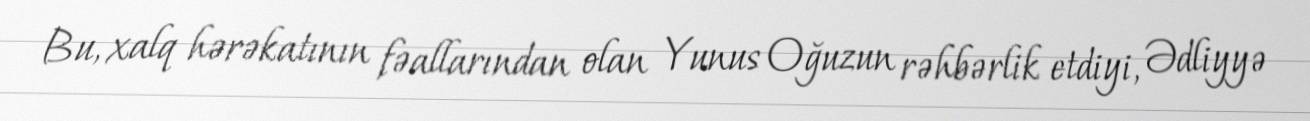
Bu, xalq hərəkatının fəallarından olan Yunus Oğuzun rəhbərlik etdiyi, Ədliyyə